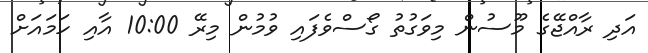
އަދި ރާއްޖޭގެ މޫސުން މިވަގުތު ގޯސްވެފައި ވުމުން މިރޭ 10:00 އާއި ހަމައަށް